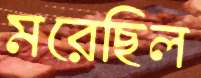
মরেছিল